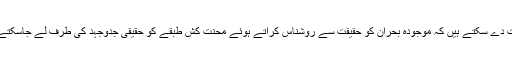
اگر یہ ہدف ہم پالیتے ہیں تو ہم اس بات کی ضمانت دے سکتے ہیں کہ موجودہ بحران کو حقیقت سے روشناس کراتے ہوئے محنت کش طبقے کو حقیقی جدوجہد کی طرف لے جاسکتے ہیں جسے ایک پر جوش قیادت بھی میسر ہوگی ۔